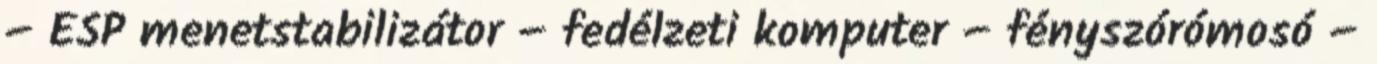
– ESP menetstabilizátor – fedélzeti komputer – fényszórómosó –